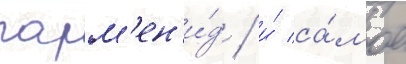
парм'ен'и́д / и́ са́мое